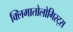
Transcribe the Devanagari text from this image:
क्लिमातोलोगिस्ट्स